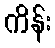
ကိန်း